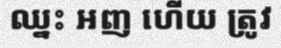
ឈ្នះ អញ ហើយ ត្រូវ